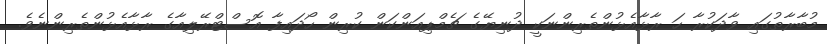
މުބާރާތުގައި ވާދަކުރާ ހަ ރާޅާއެޅުންތެރިންނަކީ ދުނިޔޭގެ ޗެމްޕިއަންކަން ކުރިން ހޯދައިފާ އޮސްޓްރޭލިއާގެ ރާޅާއެޅުންތެރިންނެވެ.